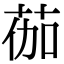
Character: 𫈆